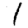
Digit: 1